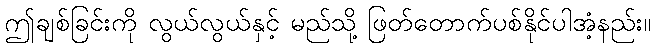
ဤချစ်ခြင်းကို လွယ်လွယ်နှင့် မည်သို့ ဖြတ်တောက်ပစ်နိုင်ပါအံ့နည်း။